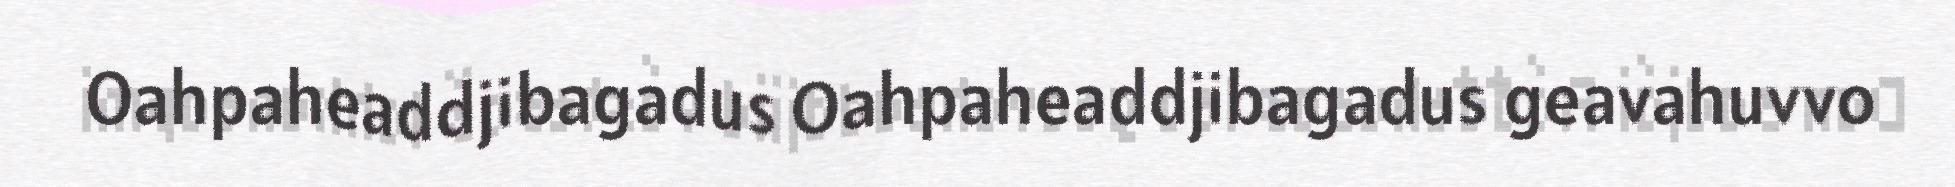
Oahpaheaddjibagadus Oahpaheaddjibagadus geavahuvvo